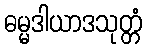
ဓမ္မဒါယာဒသုတ္တံ